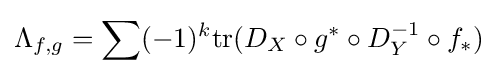
\Lambda _{f,g}=\sum (-1)^{k}\mathrm {tr} (D_{X}\circ g^{*}\circ D_{Y}^{-1}\circ f_{*})